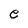
Character: e